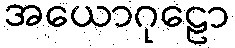
အယောဂုဠော